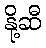
နို့ဆီ